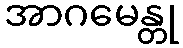
အာဂမေန္တု